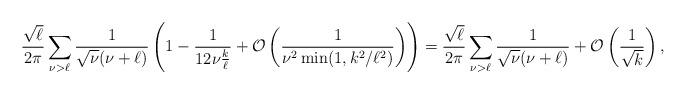
LaTeX: \begin{align*}\frac{\sqrt{\ell}}{2\pi}\sum_{\nu>\ell}\frac{1}{\sqrt{\nu}(\nu+\ell)}\left(1 - \frac{1}{12\nu\frac{k}{\ell}}+\mathcal{O}\left(\frac{1}{\nu^2\min(1, k^2/\ell^2)}\right)\right) = \frac{\sqrt{\ell}}{2\pi}\sum_{\nu>\ell}\frac{1}{\sqrt{\nu}(\nu+\ell)}+\mathcal{O}\left(\frac{1}{\sqrt{k}}\right),\end{align*}